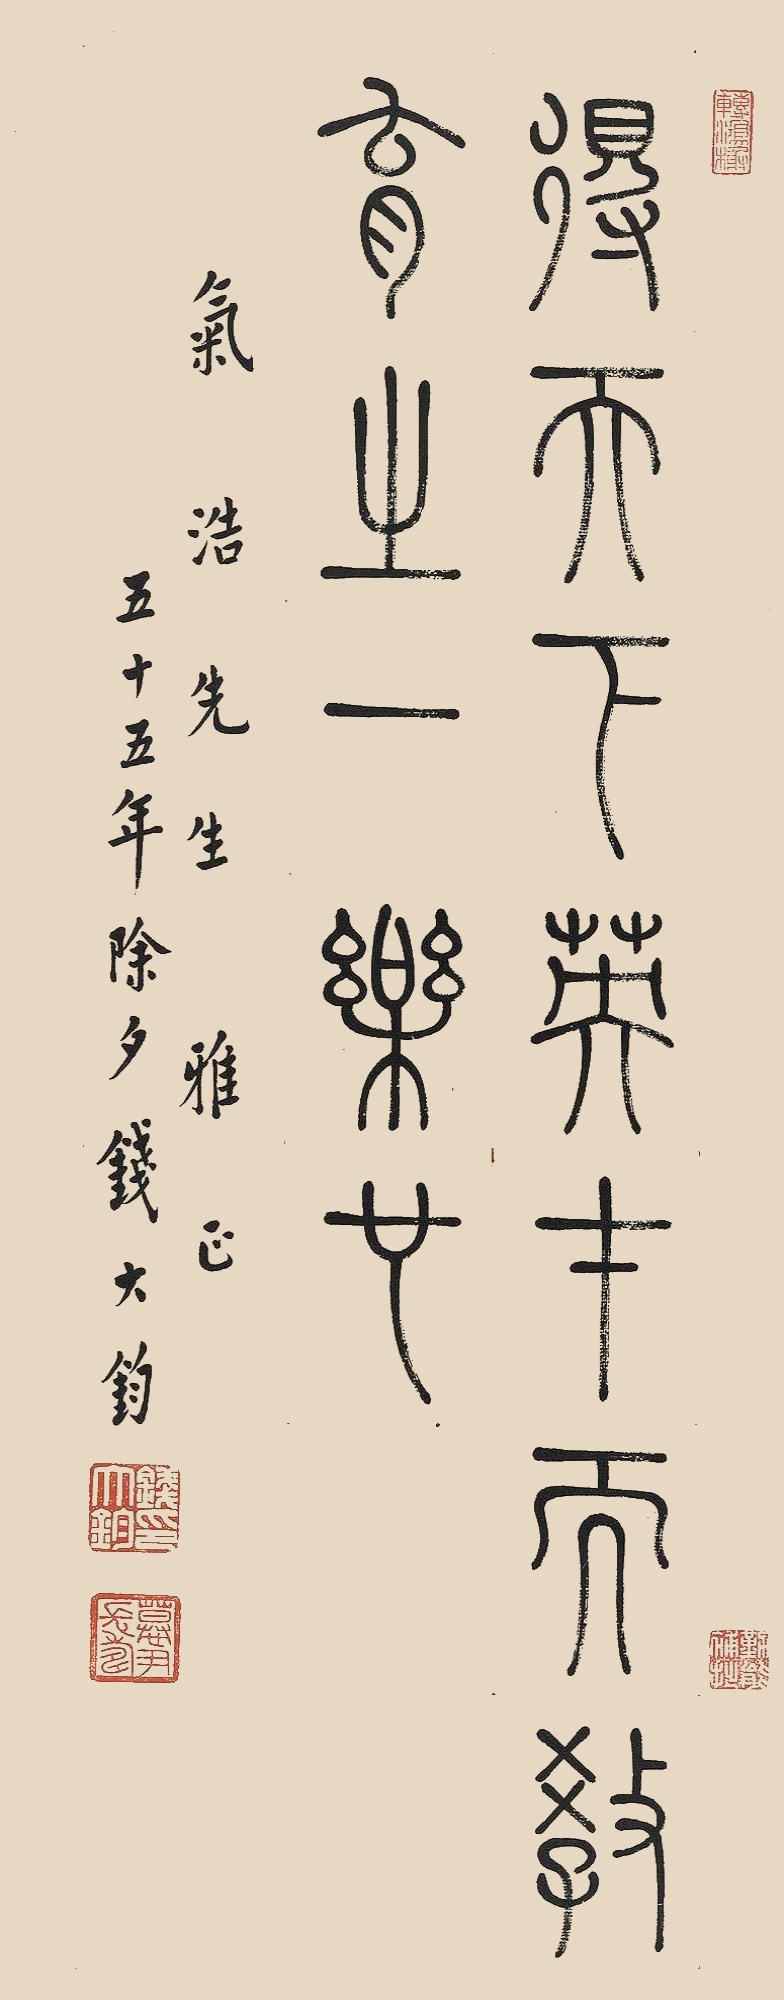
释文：得天下英才而教育之乐也。气浩先生雅正。五十五年除夕，钱大钧。